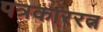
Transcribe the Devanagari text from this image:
पत्रकाररत्न